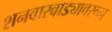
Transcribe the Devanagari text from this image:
शनवारवाड्यावरून